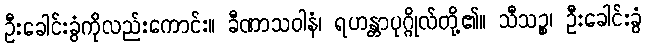
ဦးခေါင်းခွံကိုလည်းကောင်း။ ခီဏာသဝါနံ၊ ရဟန္တာပုဂ္ဂိုလ်တို့၏။ သီသဉ္စ၊ ဦးခေါင်းခွံ